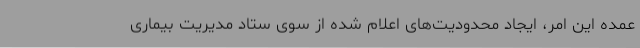
عمده این امر، ایجاد محدودیت‌های اعلام شده از سوی ستاد مدیریت بیماری